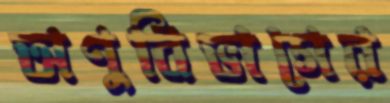
অণুবিভাগের